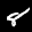
Label: 8